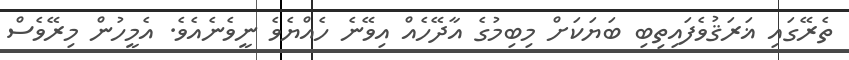
ތެރޭގައި ޣަރަޤުވެފައިތިބި ބަޔަކަށް މިބިމުގެ އާދޭހެއް އިވޭނެ ހެއްޔެވެ ނީވެނެއެވެ. އެމީހުން މިރޭވެސް